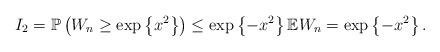
LaTeX: \begin{align*}I_{2}=\mathbb{P}\left(W_{n} \geq \exp \left\{x^{2}\right\}\right)\leq \exp \left\{-x^{2}\right\} \mathbb{E} W_{ n}=\exp \left\{-x^{2}\right\} .\end{align*}